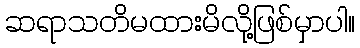
ဆရာသတိမထားမိလို့ဖြစ်မှာပါ။